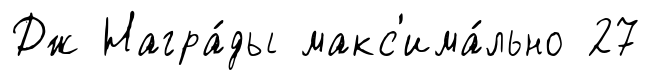
Дж Награ́ды макс'има́льно 27